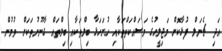
އަދި ޗެނަލް ފުޅާކޮށް މަޖިލީހުގެ މަސައްކަތްތަކާއި ހުށަހަޅާ ބިލްތަކާއި ބިލްތައް ގާނޫނުތަކަށް ވުމުން